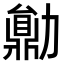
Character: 𠢼